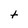
Character: t